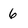
Character: 6